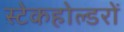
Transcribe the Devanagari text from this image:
स्टेकहोल्डरों